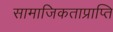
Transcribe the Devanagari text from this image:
सामाजिकताप्राप्ति